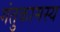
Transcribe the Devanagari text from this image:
गंतुकामस्य